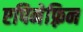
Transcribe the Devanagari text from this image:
एपिनेफ़्रिन